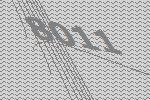
8011